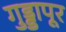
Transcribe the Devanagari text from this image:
गुड्डापूर